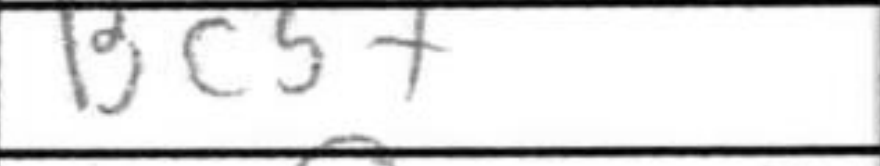
Transcription: Bc5+